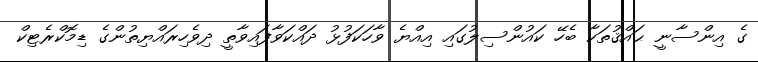
ގެ އިންސާނީ ޙައްޤުތަކާ ބެހޭ ކައުންސިލުގައި އިއްޔެ ވާހަކަފުޅު ދައްކަވާފައިވާތީ ދިވެހިރައްޔިތުންގެ ޑިމޮކްރެޓިކް